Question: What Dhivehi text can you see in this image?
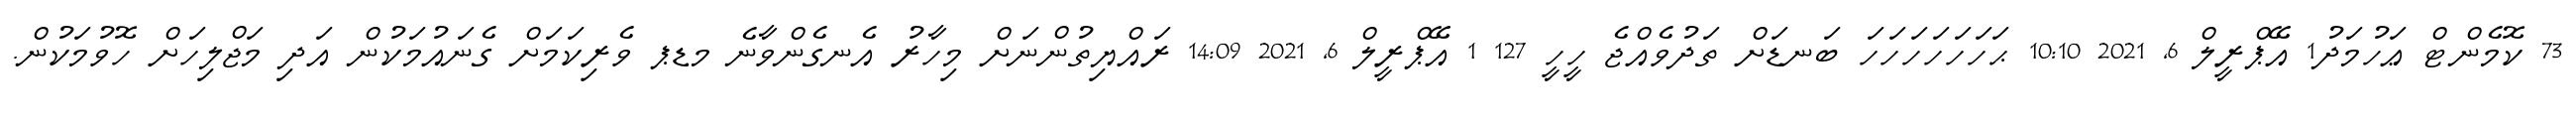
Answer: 73 ކޮމެންޓް ޢަހުމަދު1 އޭޕްރީލް 6, 2021 10:10 ޙަހަހަހަހަހަހަ ބަނޑަށް ތަދުވެއްޖެ ހީހީ 127 1 އޭޕްރީލް 6, 2021 14:09 ރައްޔިތުންނަށް މިހާރު އެނގެންވާނެ މޑޕ ވެރިކަމަށް ގެނައުމަކުން އަދި މަޖްލިހަށް ހޮވުމަކުން.